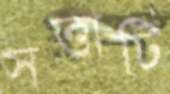
সত্তাটি